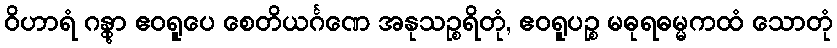
ဝိဟာရံ ဂန္တွာ ဧဝရူပေ စေတိယင်္ဂဏေ အနုသဉ္စရိတုံ, ဧဝရူပဉ္စ မဓုရဓမ္မကထံ သောတုံ